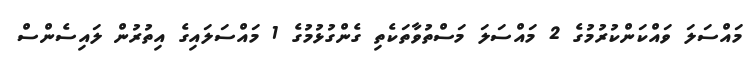
މައްސަލަ ވައްކަންކުރުމުގެ 2 މައްސަލަ މަސްތުވާތަކެތި ގެންގުޅުމުގެ 1 މައްސަލައިގެ އިތުރުން ލައިސެންސް